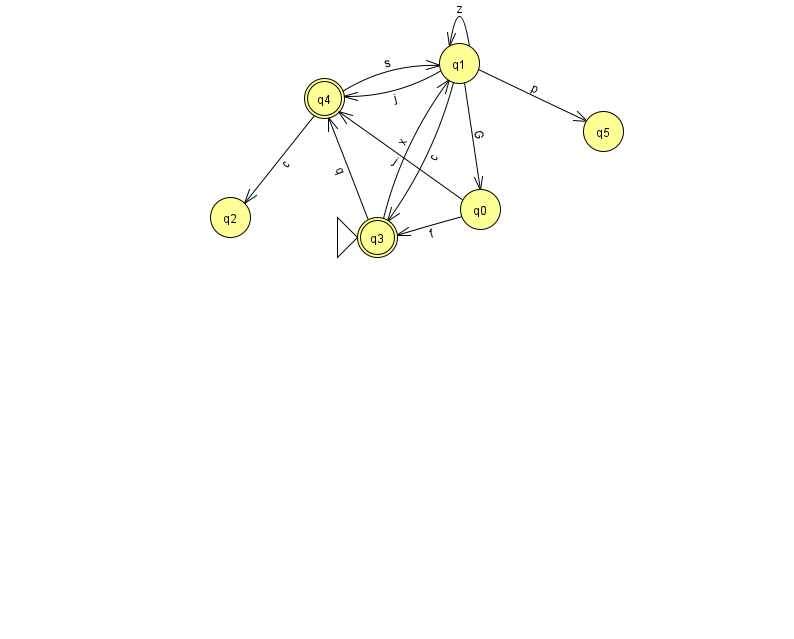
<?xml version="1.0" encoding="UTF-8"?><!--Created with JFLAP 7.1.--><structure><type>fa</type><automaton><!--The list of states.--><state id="0" name="q0"><x>480.0</x><y>196.0</y></state><state id="1" name="q1"><x>459.0</x><y>50.0</y></state><state id="2" name="q2"><x>230.0</x><y>204.0</y></state><state id="3" name="q3"><x>377.0</x><y>224.0</y><initial/><final/></state><state id="4" name="q4"><x>324.0</x><y>85.0</y><final/></state><state id="5" name="q5"><x>603.0</x><y>118.0</y></state><!--The list of transitions.--><transition><from>3</from><to>1</to><read>x</read></transition><transition><from>1</from><to>5</to><read>p</read></transition><transition><from>1</from><to>0</to><read>G</read></transition><transition><from>4</from><to>2</to><read>c</read></transition><transition><from>4</from><to>1</to><read>s</read></transition><transition><from>1</from><to>1</to><read>z</read></transition><transition><from>1</from><to>3</to><read>c</read></transition><transition><from>0</from><to>3</to><read>f</read></transition><transition><from>3</from><to>4</to><read>q</read></transition><transition><from>0</from><to>4</to><read>j</read></transition><transition><from>1</from><to>4</to><read>j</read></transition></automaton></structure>